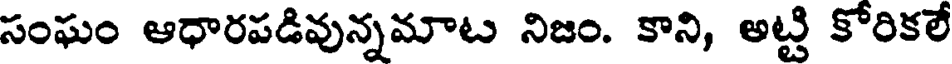
సంఘం ఆధారపడివున్నమాట నిజం. కాని, అట్టి కోరికలే